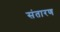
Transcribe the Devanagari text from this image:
संतारण